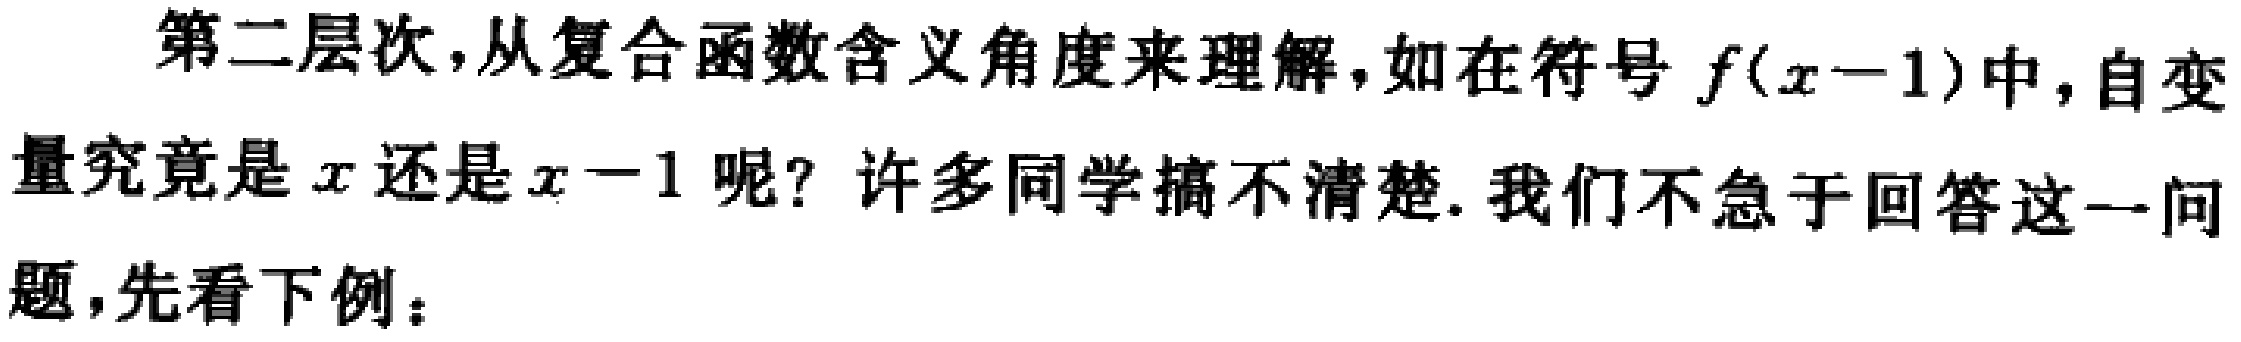
第二层次，从复合函数含义角度来理解，如在符号 \(f(x - 1)\)中，自变量究竟是 \(x\)还是 \(x - 1\)呢？许多同学搞不清楚. 我们不急于回答这一问题，先看下例：